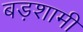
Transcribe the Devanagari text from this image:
बड़शामी